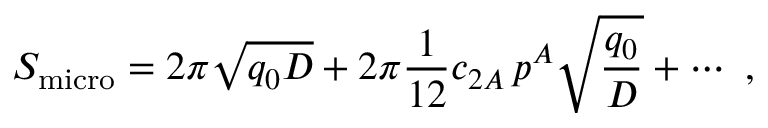
{ \cal S } _ { \mathrm { m i c r o } } = 2 \pi \sqrt { q _ { 0 } D } + 2 \pi { \frac { 1 } { 1 2 } } c _ { 2 A } \, p ^ { A } \sqrt { { \frac { q _ { 0 } } { D } } } + \cdots \ ,